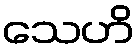
သေဟိ